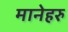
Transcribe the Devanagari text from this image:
मानेहरु